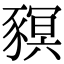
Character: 𧱴